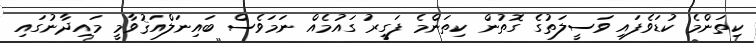
ކިތަންމެ ކުޑަވެފައި ވަސީލަތުގެ ގޮތުން ކިތަންމެ ފަގީރު ގައުމެއް ނަަމަވެސް ބައިނަލްއަޤުވާމީ މައިދާނުގައި